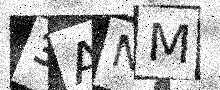
Text: 3ANM